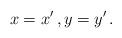
LaTeX: \begin{align*}x=x'\,, y=y'\,.\end{align*}